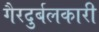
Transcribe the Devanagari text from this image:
गैरदुर्बलकारी